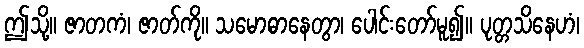
ဤသို့။ ဇာတကံ၊ ဇာတ်ကို။ သမောဓာနေတွာ၊ ပေါင်းတော်မူ၍။ ပုတ္တသိနေဟံ၊